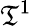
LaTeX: \mathfrak{T}^{1}